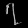
Digit: ၇